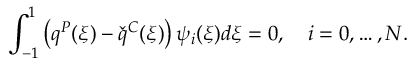
\int _ { - 1 } ^ { 1 } \left( q ^ { P } ( \xi ) - \check { q } ^ { C } ( \xi ) \right) \psi _ { i } ( \xi ) d \xi = 0 , \quad i = 0 , \ldots , N .